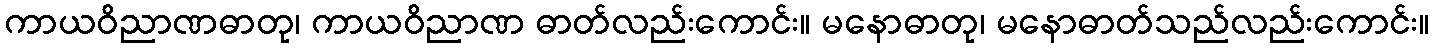
ကာယဝိညာဏဓာတု၊ ကာယဝိညာဏ ဓာတ်လည်းကောင်း။ မနောဓာတု၊ မနောဓာတ်သည်လည်းကောင်း။